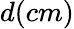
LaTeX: d(cm)